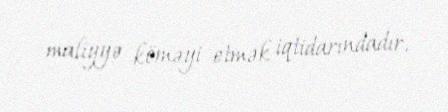
maliyyə köməyi etmək iqtidarındadır.